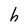
Character: h